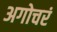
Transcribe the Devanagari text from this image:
अगोचरं